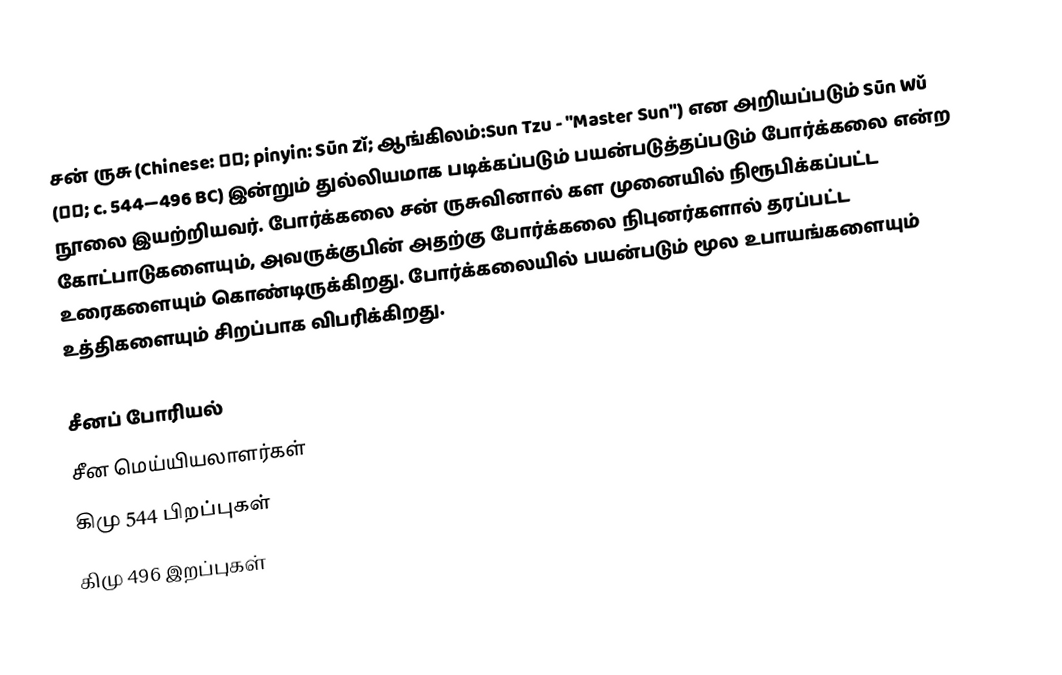
சன் ருசு (Chinese: 孫子; pinyin: Sūn Zǐ; ஆங்கிலம்:Sun Tzu - "Master Sun")  என அறியப்படும் Sūn Wǔ (孫武; c. 544—496 BC) இன்றும் துல்லியமாக படிக்கப்படும் பயன்படுத்தப்படும் போர்க்கலை என்ற நூலை இயற்றியவர்.  போர்க்கலை சன் ருசுவினால் கள முனையில் நிரூபிக்கப்பட்ட கோட்பாடுகளையும், அவருக்குபின் அதற்கு போர்க்கலை நிபுனர்களால் தரப்பட்ட உரைகளையும் கொண்டிருக்கிறது.  போர்க்கலையில் பயன்படும் மூல உபாயங்களையும் உத்திகளையும் சிறப்பாக விபரிக்கிறது.

சீனப் போரியல்
சீன மெய்யியலாளர்கள்
கிமு 544 பிறப்புகள்
கிமு 496 இறப்புகள்